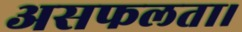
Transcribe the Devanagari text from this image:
असफलता।